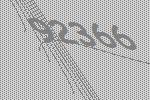
92366